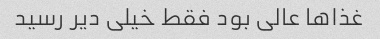
غذاها عالی بود فقط خیلی دیر رسید